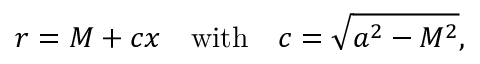
r = M + c x \quad \mathrm { w i t h } \quad c = \sqrt { a ^ { 2 } - M ^ { 2 } } ,